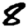
Digit: 8